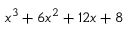
x ^ { 3 } + 6 x ^ { 2 } + 1 2 x + 8